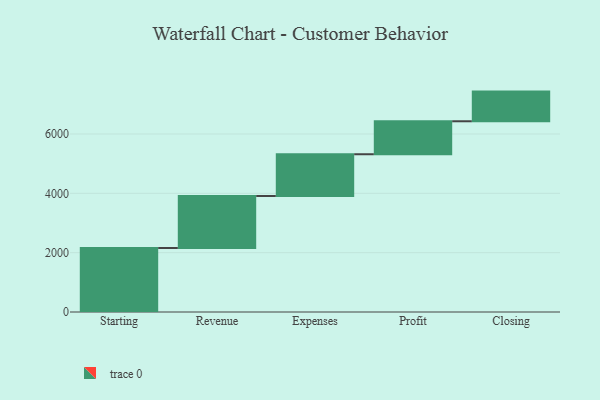
{"axis": {"x": "Step", "y": "Value"}, "legend": [""], "data": [{"x": "Starting", "y": 2157.0, "type": ""}, {"x": "Revenue", "y": 1753.0, "type": ""}, {"x": "Expenses", "y": 1407.0, "type": ""}, {"x": "Profit", "y": 1111.0, "type": ""}, {"x": "Closing", "y": 1000, "type": ""}]}